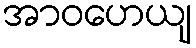
အာဝဟေယျ